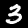
Label: 3